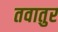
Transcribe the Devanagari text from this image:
तवातुर